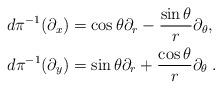
LaTeX: \begin{align*}d\pi^{-1}(\partial_x) & =\cos\theta\partial_r-\frac{\sin\theta}{r}\partial_\theta, \\d\pi^{-1}(\partial_y) & =\sin\theta\partial_r+\frac{\cos\theta}{r}\partial_\theta\;.\end{align*}